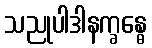
သညုပါဒါနက္ခန္ဓေ